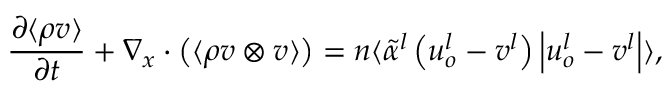
\frac { \partial \langle \rho \boldsymbol { v } \rangle } { \partial t } + \nabla _ { \boldsymbol { x } } \cdot \big ( \langle \rho \boldsymbol { v } \otimes \boldsymbol { v } \rangle \big ) = n \langle \widetilde { \alpha } ^ { l } \left( \boldsymbol { u } _ { o } ^ { l } - \boldsymbol { v } ^ { l } \right) \left| \boldsymbol { u } _ { o } ^ { l } - \boldsymbol { v } ^ { l } \right| \rangle ,